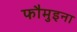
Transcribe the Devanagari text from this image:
फौमुइना